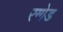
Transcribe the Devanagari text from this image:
रग्गेड